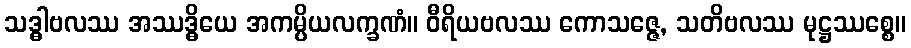
သဒ္ဓါဗလဿ အဿဒ္ဓိယေ အကမ္ပိယလက္ခဏံ။ ဝီရိယဗလဿ ကောသဇ္ဇေ, သတိဗလဿ မုဋ္ဌဿစ္စေ။